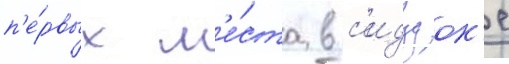
п'е́рвых м'е́ста в с'идзуок'е